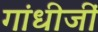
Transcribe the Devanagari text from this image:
गांधीजीं